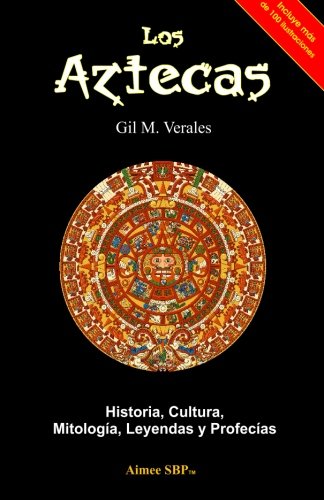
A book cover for Los Aztecas: Historia, Cultura, MitologÃ­a, Leyendas y ProfecÃ­as (Spanish Edition); Gil M Verales; History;